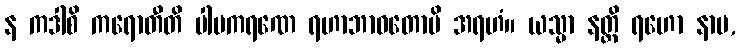
န ကဒါစိ ကရောတီတိ ပါပကရဏေ ရဟာဘာဝတောပိ အရဟံ။ ယသ္မာ နတ္ထိ ရဟော နာမ,